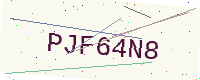
Text: PJF64N8